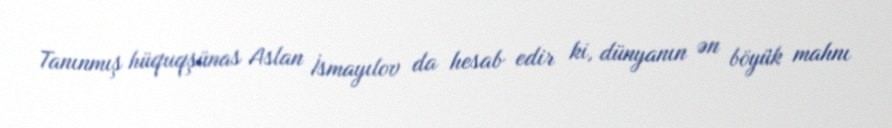
Tanınmış hüquqşünas Aslan İsmayılov da hesab edir ki, dünyanın ən böyük mahnı